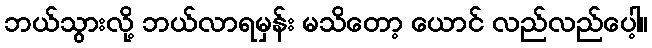
ဘယ်သွားလို့ ဘယ်လာရမှန်း မသိတော့ ယောင် လည်လည်ပေါ့။